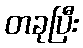
တခုပြီး